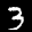
Label: 3